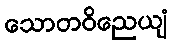
သောတဝိညေယျံ